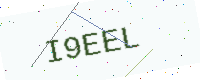
Text: I9EEL